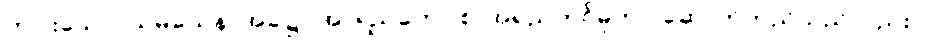
တပါးသော။ သမယေန၊ အခါ၌။ အာရညကော စ၊ အရညကင်ဓုတင် ဆောက်တည်သည်လည်း။